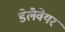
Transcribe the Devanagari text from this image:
डेलैवेयर